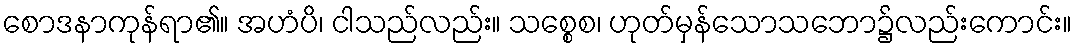
စောဒနာကုန်ရာ၏။ အဟံပိ၊ ငါသည်လည်း။ သစ္စေစ၊ ဟုတ်မှန်သောသဘော၌လည်းကောင်း။